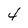
Character: 4